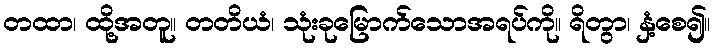
တထာ၊ ထို့အတူ။ တတိယံ၊ သုံးခုမြောက်သောအရပ်ကို။ ရိတွာ၊ နှံ့စေ၍။